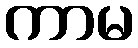
ကာမ